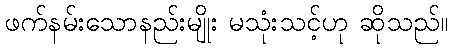
ဖက်နမ်းသောနည်းမျိုး မသုံးသင့်ဟု ဆိုသည်။